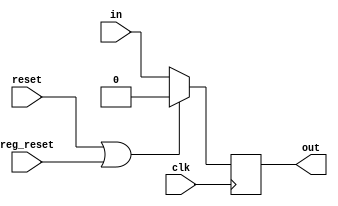
//Zero flag register; the output of ZF is stored in this register.
module zero_reg (clk, reset, reg_reset, in, out);

input clk,reset,reg_reset;
input in;
output reg out;

always @(posedge clk)
begin

if (reset | reg_reset)
out <= 1'b0;
else
out <= in;
end

endmodule